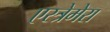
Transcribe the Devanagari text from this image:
एस्त्रेमेरा